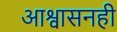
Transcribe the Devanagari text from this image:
आश्वासनही